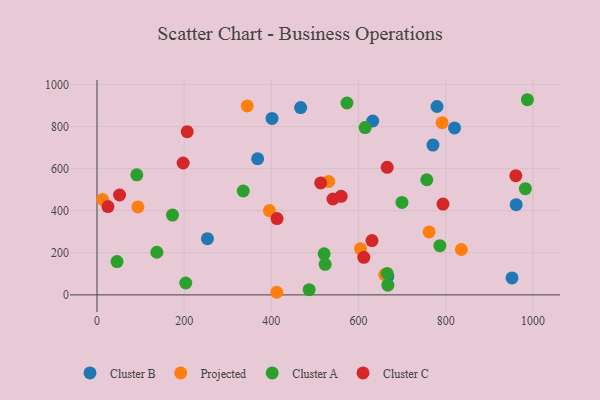
{"axis": {"x": "Investment", "y": "Fuel Efficiency"}, "legend": ["Cluster A", "Cluster B", "Cluster C", "Projected"], "data": [{"x": "780.0", "y": 894.8, "type": "Cluster B"}, {"x": "467.2", "y": 889.8, "type": "Cluster B"}, {"x": "667.1", "y": 87.5, "type": "Cluster B"}, {"x": "632.6", "y": 826.0, "type": "Cluster B"}, {"x": "253.3", "y": 266.8, "type": "Cluster B"}, {"x": "401.5", "y": 838.4, "type": "Cluster B"}, {"x": "368.5", "y": 646.6, "type": "Cluster B"}, {"x": "952.1", "y": 80.7, "type": "Cluster B"}, {"x": "961.6", "y": 428.5, "type": "Cluster B"}, {"x": "770.7", "y": 711.7, "type": "Cluster B"}, {"x": "820.2", "y": 792.9, "type": "Cluster B"}, {"x": "791.7", "y": 818.0, "type": "Projected"}, {"x": "12.9", "y": 453.1, "type": "Projected"}, {"x": "604.5", "y": 219.3, "type": "Projected"}, {"x": "93.9", "y": 417.9, "type": "Projected"}, {"x": "344.7", "y": 897.5, "type": "Projected"}, {"x": "762.0", "y": 299.2, "type": "Projected"}, {"x": "660.1", "y": 96.6, "type": "Projected"}, {"x": "835.9", "y": 215.5, "type": "Projected"}, {"x": "412.4", "y": 12.4, "type": "Projected"}, {"x": "395.6", "y": 400.3, "type": "Projected"}, {"x": "531.5", "y": 538.7, "type": "Projected"}, {"x": "335.5", "y": 493.5, "type": "Cluster A"}, {"x": "756.5", "y": 547.0, "type": "Cluster A"}, {"x": "486.7", "y": 24.6, "type": "Cluster A"}, {"x": "173.2", "y": 379.2, "type": "Cluster A"}, {"x": "46.0", "y": 158.3, "type": "Cluster A"}, {"x": "137.3", "y": 202.5, "type": "Cluster A"}, {"x": "521.1", "y": 195.2, "type": "Cluster A"}, {"x": "573.4", "y": 911.6, "type": "Cluster A"}, {"x": "615.1", "y": 794.8, "type": "Cluster A"}, {"x": "665.8", "y": 101.7, "type": "Cluster A"}, {"x": "982.6", "y": 504.6, "type": "Cluster A"}, {"x": "523.4", "y": 145.3, "type": "Cluster A"}, {"x": "203.6", "y": 56.4, "type": "Cluster A"}, {"x": "699.6", "y": 439.4, "type": "Cluster A"}, {"x": "786.5", "y": 234.0, "type": "Cluster A"}, {"x": "987.3", "y": 927.1, "type": "Cluster A"}, {"x": "667.3", "y": 45.9, "type": "Cluster A"}, {"x": "91.3", "y": 570.2, "type": "Cluster A"}, {"x": "51.8", "y": 474.5, "type": "Cluster C"}, {"x": "25.1", "y": 419.3, "type": "Cluster C"}, {"x": "560.1", "y": 468.1, "type": "Cluster C"}, {"x": "960.8", "y": 566.2, "type": "Cluster C"}, {"x": "630.8", "y": 258.0, "type": "Cluster C"}, {"x": "665.7", "y": 606.2, "type": "Cluster C"}, {"x": "513.1", "y": 531.7, "type": "Cluster C"}, {"x": "206.9", "y": 775.4, "type": "Cluster C"}, {"x": "541.3", "y": 455.6, "type": "Cluster C"}, {"x": "612.0", "y": 178.6, "type": "Cluster C"}, {"x": "793.7", "y": 431.2, "type": "Cluster C"}, {"x": "413.0", "y": 362.7, "type": "Cluster C"}, {"x": "197.6", "y": 626.5, "type": "Cluster C"}]}